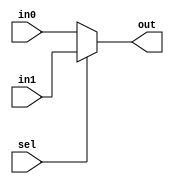
module mux2to1_cond(	out,
			in0,
			in1,
			sel);

output	out	;
input	in0	;
input	in1	;
input	sel	;

assign out = (sel)? in1 : in0	;

endmodule

module mux2to1_if(	out,
			in0,
			in1,
			sel);

output	out	;
input	in0	;
input	in1	;
input	sel	;

reg	out	;

always @(*) begin
	if(sel == 1'b0) begin
		out = in0	;
	end else begin
		out = in1	;
	end
end
endmodule

module mux2to1_case(	out,
			in0,
			in1,
			sel);

output	out	;
input	in0	;
input	in1	;
input	sel	;

reg	out	;

always @(*) begin
	case(	{sel, in1, in0}	)
		3'b000 : {out} = 1'b0	;
		3'b001 : {out} = 1'b1	;
		3'b010 : {out} = 1'b0	;
		3'b011 : {out} = 1'b1	;
		3'b100 : {out} = 1'b0	;
		3'b101 : {out} = 1'b0	;
		3'b110 : {out} = 1'b1	;
		3'b111 : {out} = 1'b1	;

	endcase
end
endmodule

module	mux4to1_inst(	out,
			in0,
			in1,
			in2,
			in3,
			sel);

output		out	;
input		in0	;
input		in1	;
input		in2	;
input		in3	;
input	[1:0]	sel	;

wire	[1:0]	carry	;

mux2to1_case	mux_u0(	.out	(carry[0])	,
			.in0	(in0)		,
			.in1	(in1)		,
			.sel	(sel[0])	);

mux2to1_case	mux_u1(	.out	(carry[1])	,
			.in0	(in2)		,
			.in1	(in3)		,
			.sel	(sel[0])	);

mux2to1_case	mux_u2(	.out	(out)		,
			.in0	(carry[0])		,
			.in1	(carry[1])		,
			.sel	(sel[1])	);

endmodule

module	mux4to1_if(	out,
			in0,
			in1,
			in2,
			in3,
			sel);

output		out	;
input		in0	;
input		in1	;
input		in2	;
input		in3	;
input	[1:0]	sel	;

reg	out	;

always	@(*)	begin
	if(sel == 2'b00) begin
		out = in0	;
	end else if (sel == 2'b01) begin
		out = in1	;
	end else if (sel == 2'b10) begin
		out = in2	;
	end else begin
		out = in3	;
	end
end
endmodule

module	mux4to1_case(	out,
			in0,
			in1,
			in2,
			in3,
			sel);

output		out	;
input		in0	;
input		in1	;
input		in2	;
input		in3	;
input	[1:0]	sel	;

reg	out	;

always	@(sel, in0, in1, in2, in3)	begin
	case(sel)
		2'b00 : out = in0	;
		2'b01 : out = in1	;
		2'b10 : out = in2	;
		2'b11 : out = in3	;	
	endcase
end
endmodule